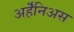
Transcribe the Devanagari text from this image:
अर्हॆनिअस